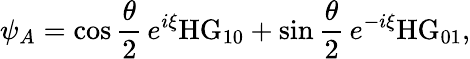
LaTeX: \psi_{A}=\cos{\frac{\theta}{2}}\, e^{i\xi}\mathrm{HG}_{10}+\sin{\frac{\theta}{2}}\, e^{-i\xi}\mathrm{HG}_{01},